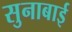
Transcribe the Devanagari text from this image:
सुनाबाई